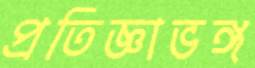
প্রতিজ্ঞাভঙ্গ